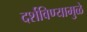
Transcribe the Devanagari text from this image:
दर्शविण्यामुळे